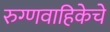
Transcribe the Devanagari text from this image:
रुग्णवाहिकेचे